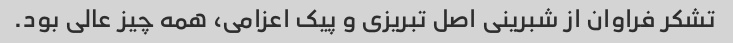
تشکر فراوان از شبرینی اصل تبریزی و پیک اعزامی، همه چیز عالی بود.